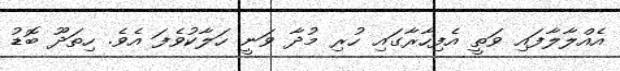
އެއްލާލާފައި ވަތީ އެފިހާރާގައި ހުރި މުދާ ވަނީ ހަލާކުވެފަ އެވެ. ހިތަދޫ ބޮޑު